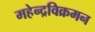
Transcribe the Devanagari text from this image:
महेन्द्रविक्रमन